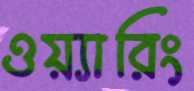
ওয়্যারিং